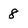
Character: 8